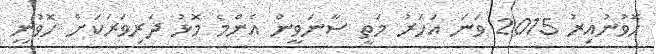
ހޮވުނުއިރު 2015 ވަނަ އަހަރު މަތީ ސާނަވީން އެންމެ މޮޅު ދަރިވަރަކަށް ހޮވުނީ